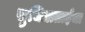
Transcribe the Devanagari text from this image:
सुचित्राताईंचा